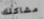
مشاكلك